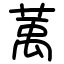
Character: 萭